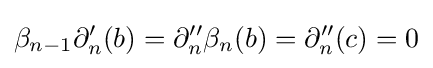
\beta _{n-1}\partial _{n}'(b)=\partial _{n}''\beta _{n}(b)=\partial _{n}''(c)=0